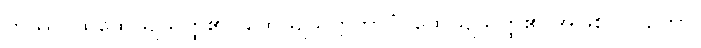
တဿ၊ ထိုထေယျသတ္ထ၏။ ထေယျသတ္တဘာဝံ၊ ထေယျသတ္ထ၏ အဖြစ်ကို။ ဉတွာ၊